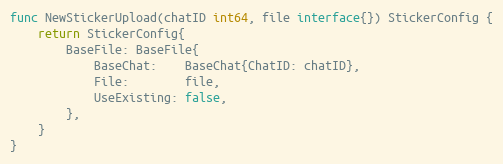
Language: Go
func NewStickerUpload(chatID int64, file interface{}) StickerConfig {
	return StickerConfig{
		BaseFile: BaseFile{
			BaseChat:    BaseChat{ChatID: chatID},
			File:        file,
			UseExisting: false,
		},
	}
}